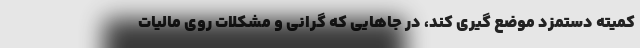
کمیته دستمزد موضع گیری کند، در جاهایی که گرانی و مشکلات روی مالیات